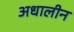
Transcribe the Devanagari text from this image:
अधालीन